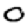
Digit: 0